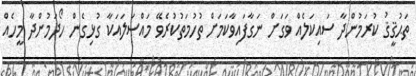
ތަޙުޤީޤު ކުރަމުންދާ ސައިކަލެއް ވަގަށް ނަގާފައިވާކަމަށް ތުހުމަތުކުރެވޭ މައްސަލައަކާ ގުޅިގެން ހޯދަމުންދާ މީހެއް